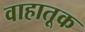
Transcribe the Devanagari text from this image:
वाहातूक